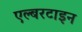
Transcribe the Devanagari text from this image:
एल्बरटाइन